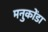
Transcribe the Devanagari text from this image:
मनुकोंडा